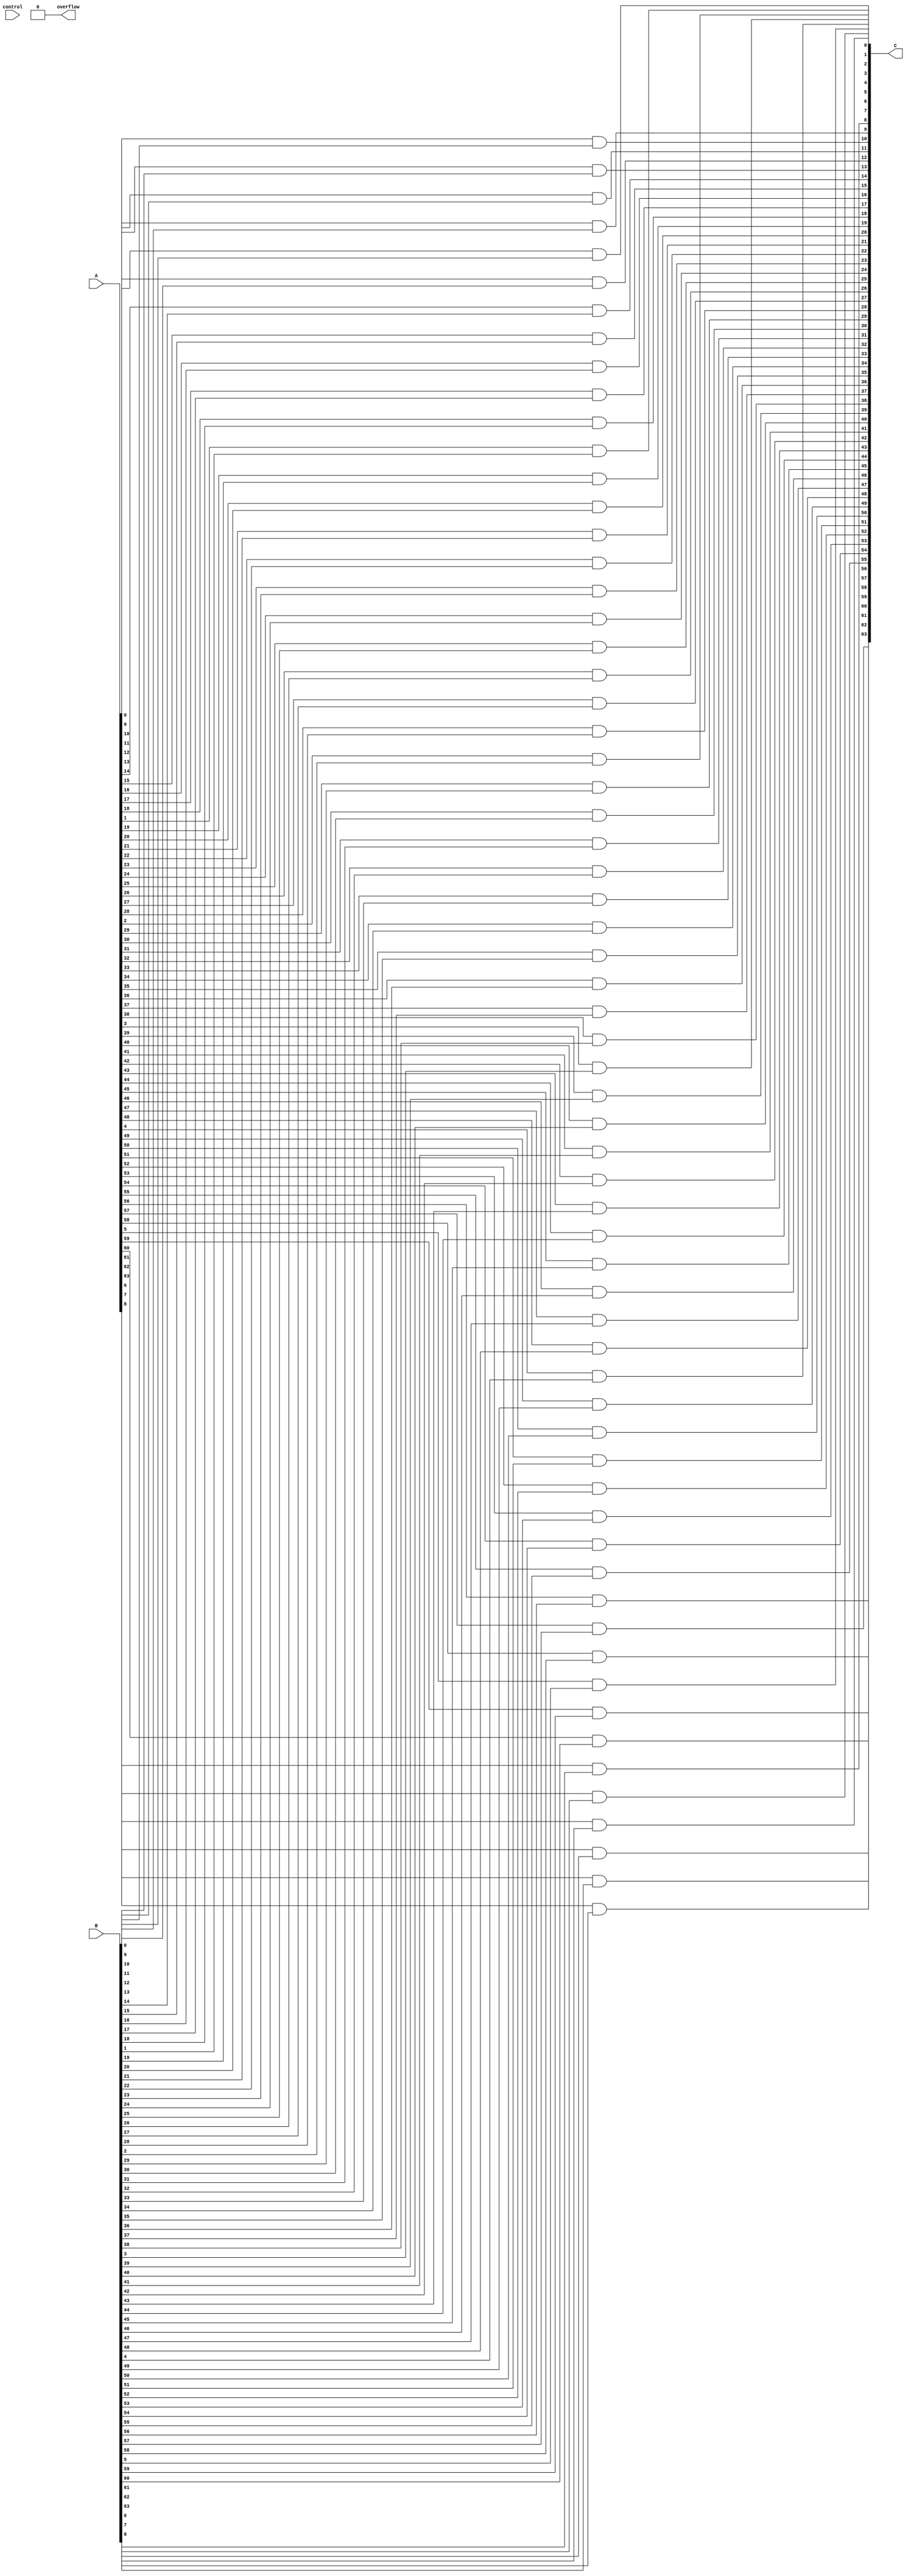
module and64(output signed [63:0] C ,output overflow ,input signed [63:0] A,input signed [63:0] B,input [1:0] control);

    // 64 bit and
    genvar i;

    for(i = 0; i < 64; i = i + 1) begin
        and(C[i], A[i], B[i]);
    end
    assign overflow = 1'b0;

endmodule